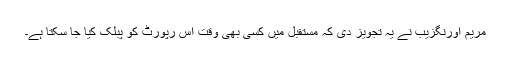
مریم اورنگزیب نے یہ تجویز دی کہ مستقبل میں کسی بھی وقت اس رپورٹ کو پبلک کیا جا سکتا ہے۔